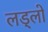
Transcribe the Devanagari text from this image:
लड्लो